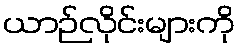
ယာဉ်လိုင်းများကို